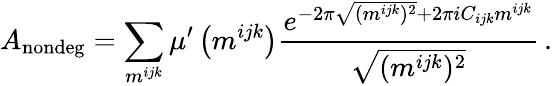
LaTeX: A_{\mathrm{nondeg}}=\sum_{m^{ijk}}\mu^{\prime}\left(m^{ijk}\right)\frac{e^{-2\pi\sqrt{(m^{ijk})^{2}}+2\pi iC_{ijk}m^{ijk}}}{\sqrt{(m^{ijk})^{2}}}\, .